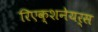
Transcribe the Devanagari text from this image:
रिएक्शनेयर्स